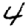
Digit: 4